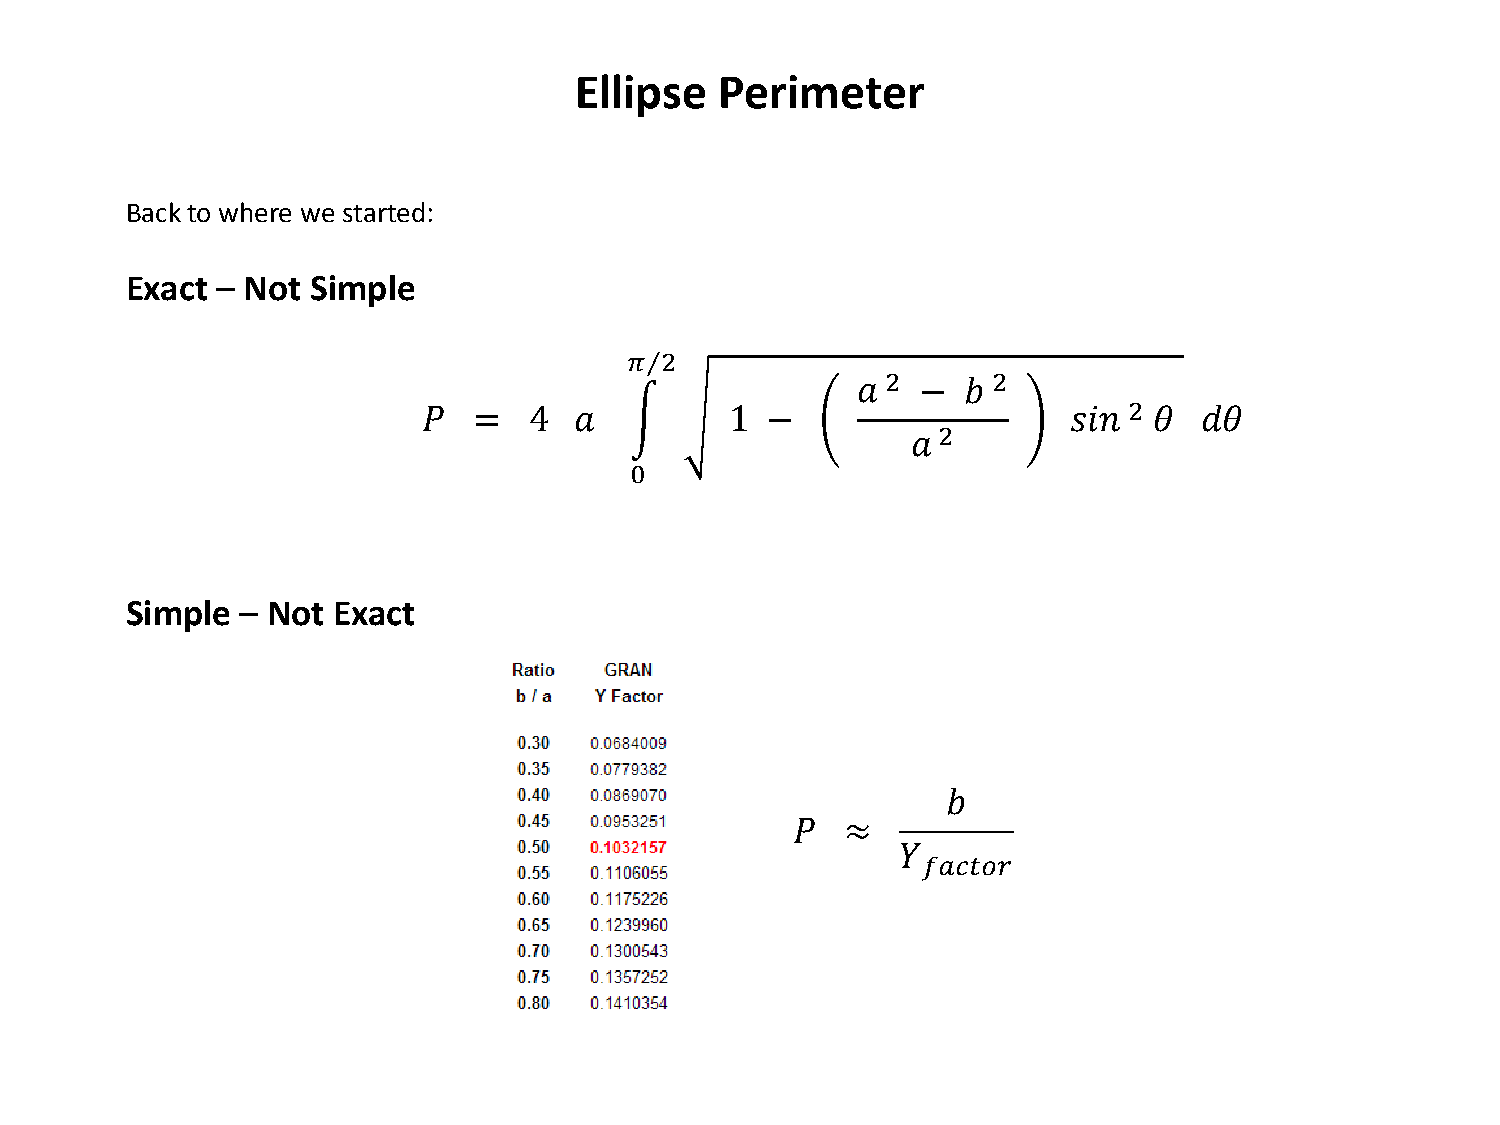
Ellipse   Perimeter
 Back to where we started:
 Exact – Not  Simple
 𝜋⁄2
 2      2
 𝑎   −  𝑏          2
 𝑃  =   4  𝑎   �     1  −          2        𝑠𝑠𝑠  𝜃  𝑑𝜃
 𝑎
 0
 Simple  – Not Exact
 𝑏
 𝑃  ≈
 𝑓𝑎𝑐𝑓𝑓𝑐
 𝑌